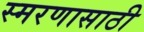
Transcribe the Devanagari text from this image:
स्मरणासाठी